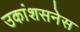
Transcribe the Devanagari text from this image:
उकांशसनेस